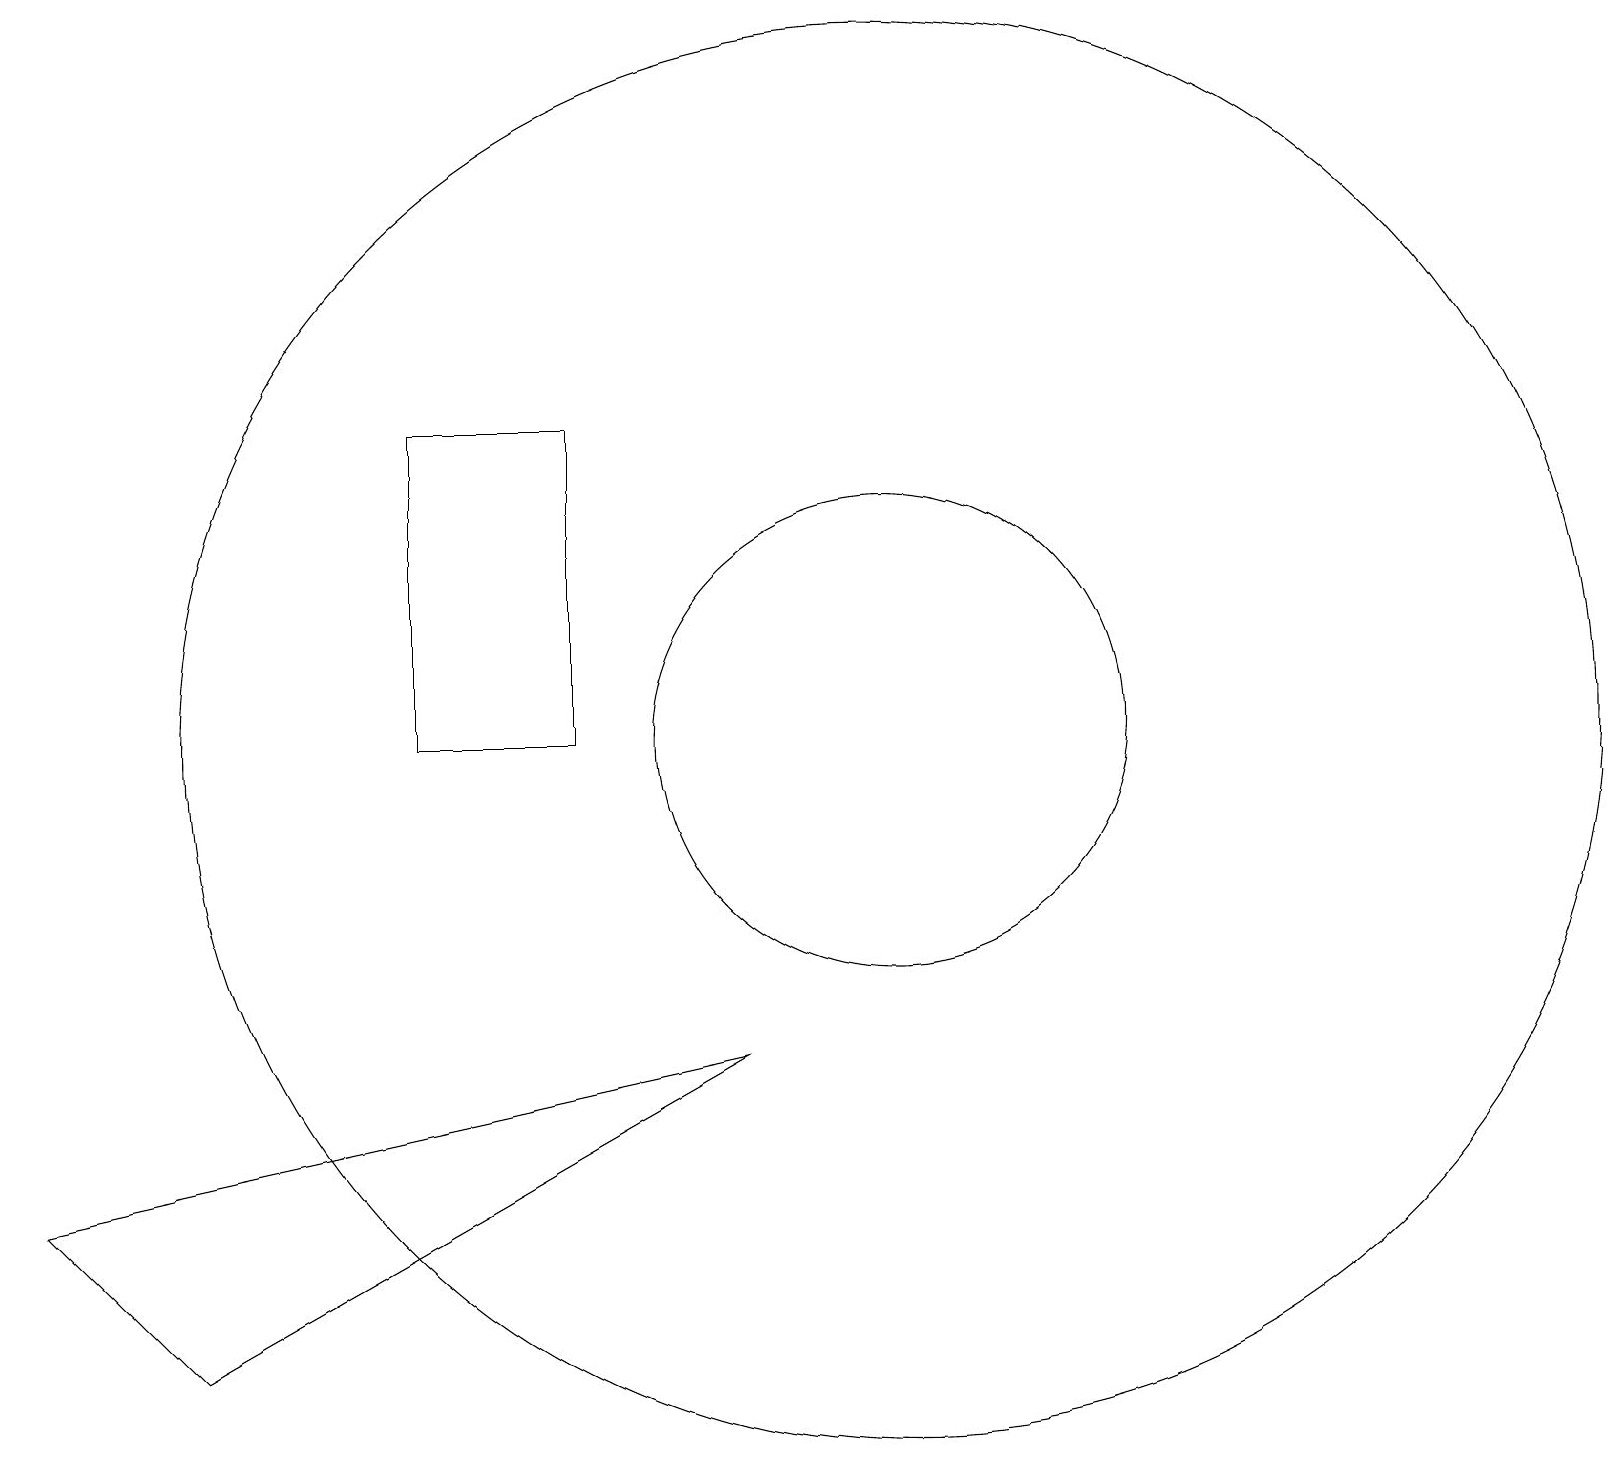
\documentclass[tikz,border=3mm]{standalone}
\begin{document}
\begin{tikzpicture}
\draw (11,10) circle (9);
\draw (5,10) rectangle (7,14);
\draw (9,6) -- (0,4) -- (2,2) -- cycle;
\draw (11,10) circle (3);
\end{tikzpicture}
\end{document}